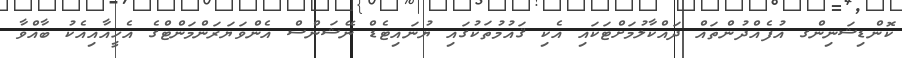
ކޮންޑިޝަނިންގ އުފެއްދުންތައް ދައްކާލުމަށްޓަކައި އެކި ޤައުމުތަކުގައި ޔުނައިޓެޑް ނޭޝަންސް އެންވަޔަރަންމަންޓްގެ އެހީއާއިއެކު ބާއްވާ